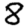
Digit: 8